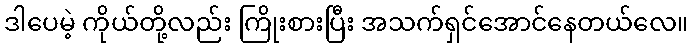
ဒါပေမဲ့ ကိုယ်တို့လည်း ကြိုးစားပြီး အသက်ရှင်အောင်နေတယ်လေ။